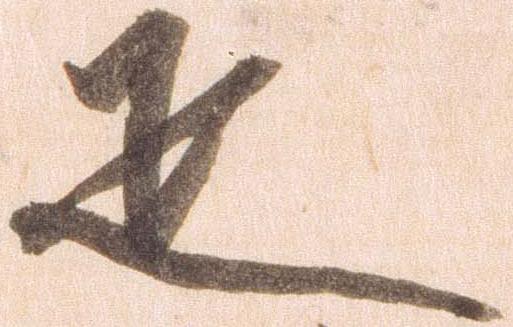
疋